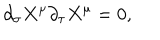
\partial _ { \sigma } X ^ { \mu } \partial _ { \tau } X ^ { \mu } = 0 ,